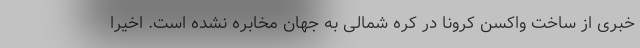
خبری از ساخت واکسن کرونا در کره شمالی به جهان مخابره نشده است. اخیرا